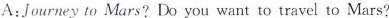
A:journey to Mars? Do you want to travel to Mars?